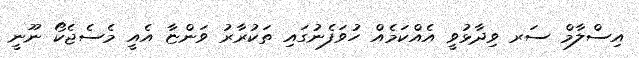
އިސްލާމް ސަރ ވިދާޅުވީ އެއްކަމެއް ހުވަފެނުގައި ތަކުރާރު ވަންޏާ އެއީ މެސެޖެކޯ ނޫނީ